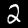
Digit: 2